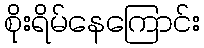
စိုးရိမ်နေကြောင်း